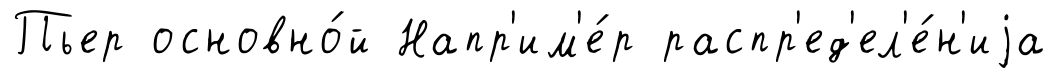
Пьер основно́й Напр'им'е́р распр'ед'ел'е́н'иjа